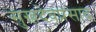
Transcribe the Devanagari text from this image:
सुखदेवप्रसाद